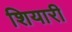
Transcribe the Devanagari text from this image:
शियारी